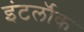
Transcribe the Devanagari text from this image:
इंटर्लॉक